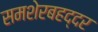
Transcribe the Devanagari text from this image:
समशेरबहद्दर